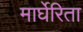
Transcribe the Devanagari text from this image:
मार्घेरिता